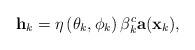
LaTeX: \begin{align*}\textbf{h}_k = \eta\left(\theta_k,\phi_k\right)\beta_k^c \textbf{a}(\textbf{x}_k),\end{align*}